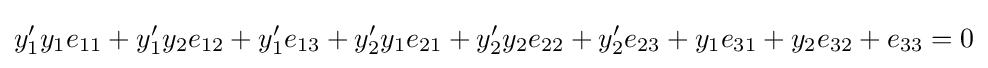
y'_{1}y_{1}e_{11}+y'_{1}y_{2}e_{12}+y'_{1}e_{13}+y'_{2}y_{1}e_{21}+y'_{2}y_{2}e_{22}+y'_{2}e_{23}+y_{1}e_{31}+y_{2}e_{32}+e_{33}=0